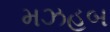
મઝહબ